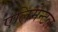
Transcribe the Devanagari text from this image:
एलिमेन्टल